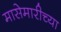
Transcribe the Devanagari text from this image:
मासेमारीच्या